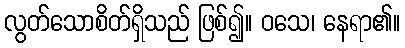
လွတ်သောစိတ်ရှိသည် ဖြစ်၍။ ဝသေ၊ နေရာ၏။